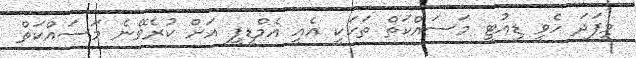
މިފަދަ ހެވީ ޑިއުޓީ މަސައްކަތް ތަކަކީ އެއީ އެމްޑީޕީ އަށް ކުރެވޭނެ މަސައްކަތް